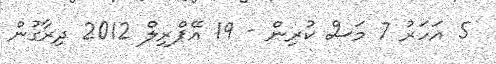
5 އަހަރު 7 މަސް ކުރިން - 19 އޭޕްރިލް 2012 ދިރާގުން